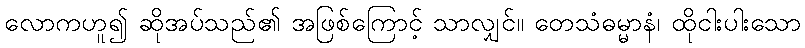
လောကဟူ၍ ဆိုအပ်သည်၏ အဖြစ်ကြောင့် သာလျှင်။ တေသံဓမ္မာနံ၊ ထိုငါးပါးသော